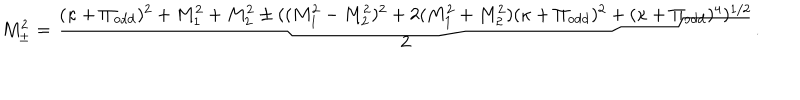
M _ { \pm } ^ { 2 } = \frac { ( \kappa + \Pi _ { \mathrm { o d d } } ) ^ { 2 } + M _ { 1 } ^ { 2 } + M _ { 2 } ^ { 2 } \pm ( ( M _ { 1 } ^ { 2 } - M _ { 2 } ^ { 2 } ) ^ { 2 } + 2 ( M _ { 1 } ^ { 2 } + M _ { 2 } ^ { 2 } ) ( \kappa + \Pi _ { \mathrm { o d d } } ) ^ { 2 } + ( \kappa + \Pi _ { \mathrm { o d d } } ) ^ { 4 } ) ^ { 1 / 2 } } { 2 } .